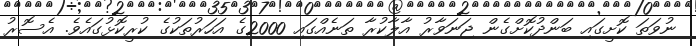
ނުވަތަ ކޮށީގައި ބަންދުކޮށްގެން ޖަނަވާރު އާލާކުރާ ތަނެއްގައި 2000ގެ އަހަރުތަކުގެ ކުރީކޮޅުގައެވެ. އެސޮރު